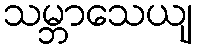
သမ္ဘာသေယျ